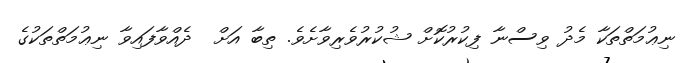
ނިޢުމަތްތަކާ މެދު ވިސްނާ ފިކުރުކޮށް ޝުކުރުވެރިވާށެވެ. ތިބާ އަށް  ދެއްވާފައިވާ ނިޢުމަތްތަކުގެ